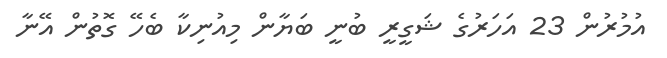
އުމުރުން 23 އަހަރުގެ ޝަގީރީ ބުނީ ބަޔާން މިއުނިކާ ބެހޭ ގޮތުން އޭނާ